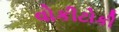
વોકીટોકી